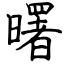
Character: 曙